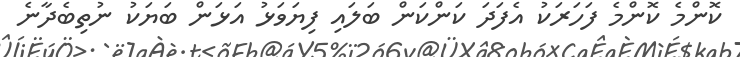
ކޮންމެ ކޮންމެ ފަހަރަކު އެފަދަ ކަންކަން ބަލައި ފިޔަވަޅު އަޅަން ބަޔަކު ނުތިބެދާނެ